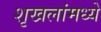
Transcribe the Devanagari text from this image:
शृखलांमध्ये